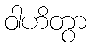
ဝါဟိတွာ